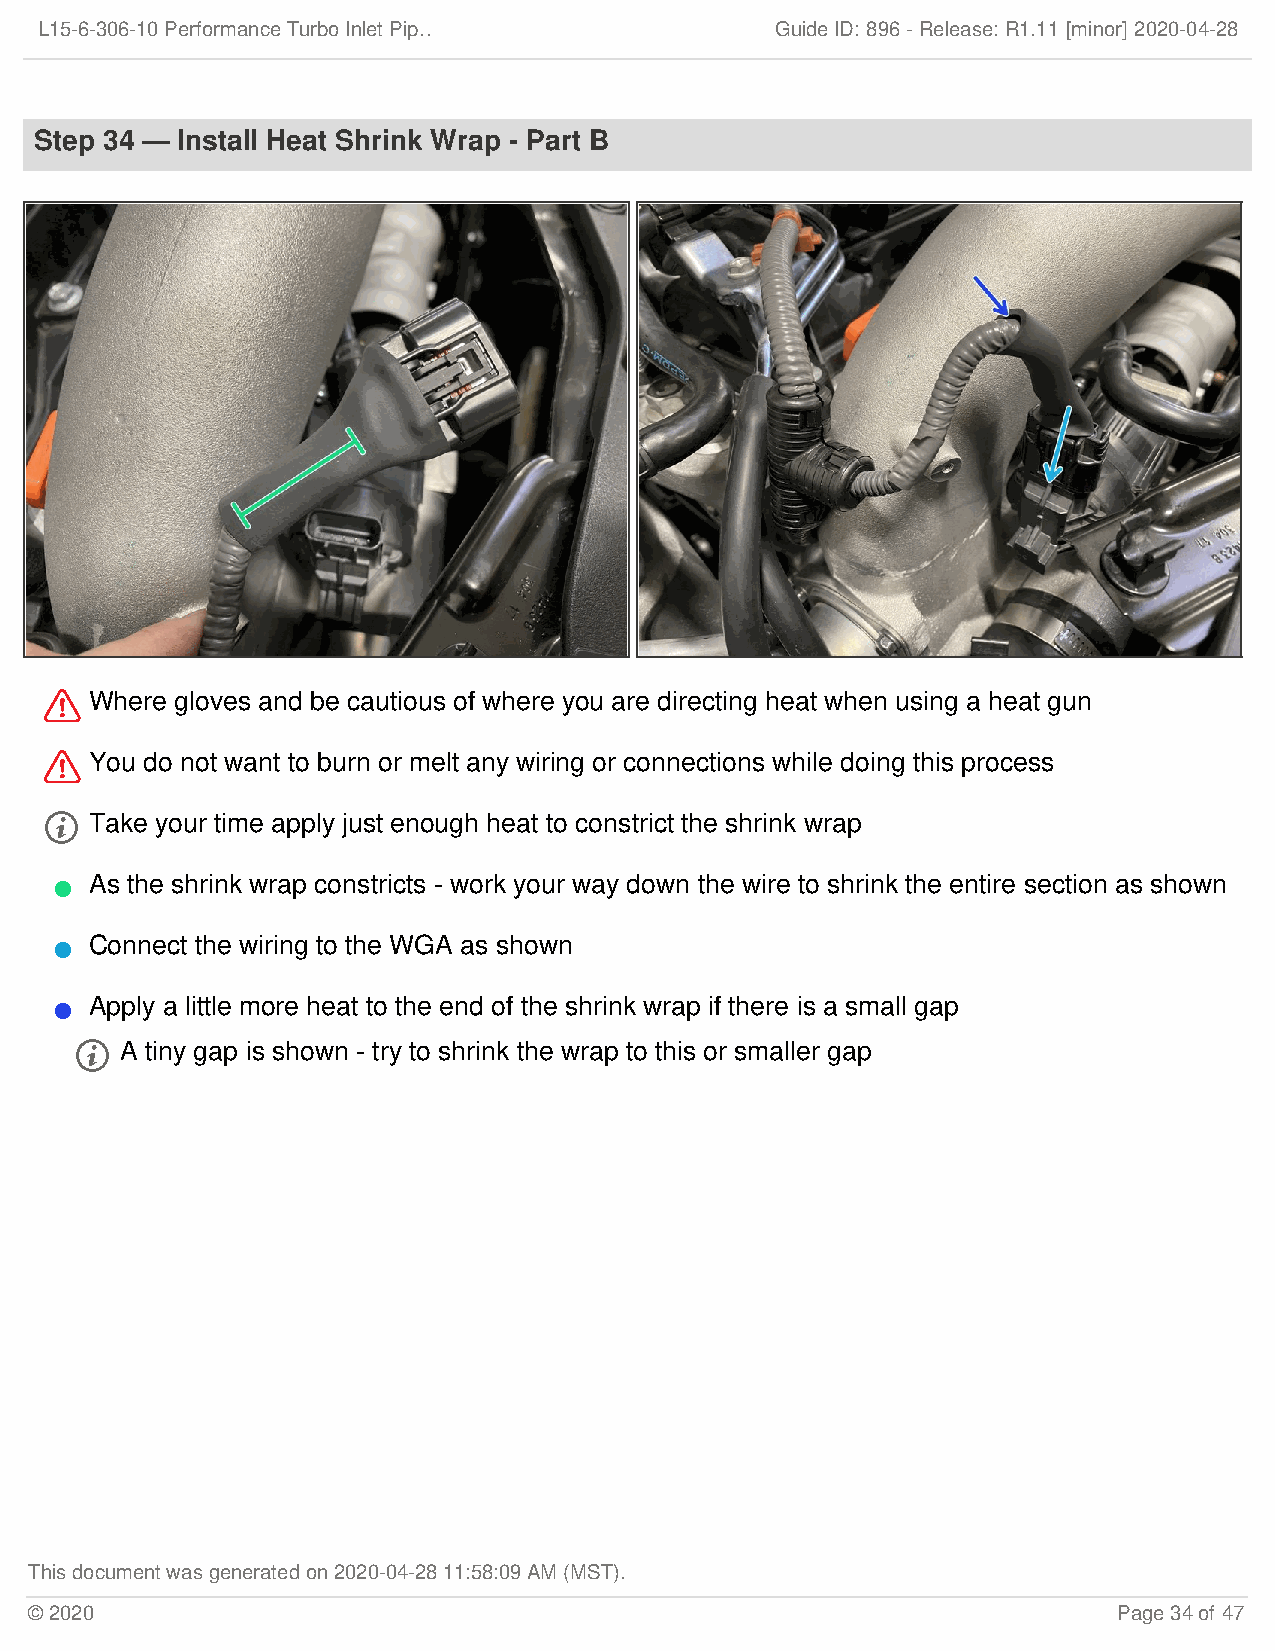
L15-6-306-10 Performance Turbo Inlet Pip…        Guide ID: 896 -Release:R1.11 [minor] 2020-04-28
 Step 34 — Install Heat Shrink Wrap - Part B
   Where gloves and be cautious of where you are directing heat when using a heat gun
   You do not want to burn or melt any wiring or connections while doing this process
   Take your time apply just enough heat to constrict the shrink wrap
 As the shrink wrap constricts - work your way down the wire to shrink the entire section as shown
 
 Connect the wiring to the WGA as shown
 
 Apply a little more heat to the end of the shrink wrap if there is a small gap
 
   A tiny gap is shown - try to shrink the wrap to this or smaller gap
 This document was generated on 2020-04-28 11:58:09 AM (MST).
 © 2020                                                                  Page 34 of 47